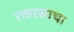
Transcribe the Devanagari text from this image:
रक्तरसाचा